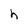
Character: h